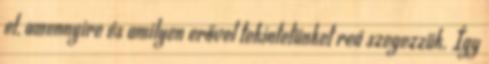
el, amennyire és amilyen erővel tekintetünket reá szegezzük. Így